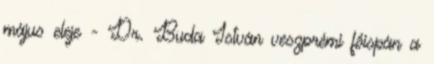
május eleje - Dr. Buda István veszprémi főispán a